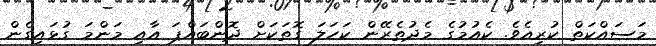
މަސައްކަތް ކުރިއެވެ. ކެއުމުގެ މެދުތެރޭން ކަހަލަ ގޮތަކަށް ދޮންބައްޕަ އާއި މަންމަ ގުޅައިގެން